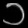
Digit: ၁